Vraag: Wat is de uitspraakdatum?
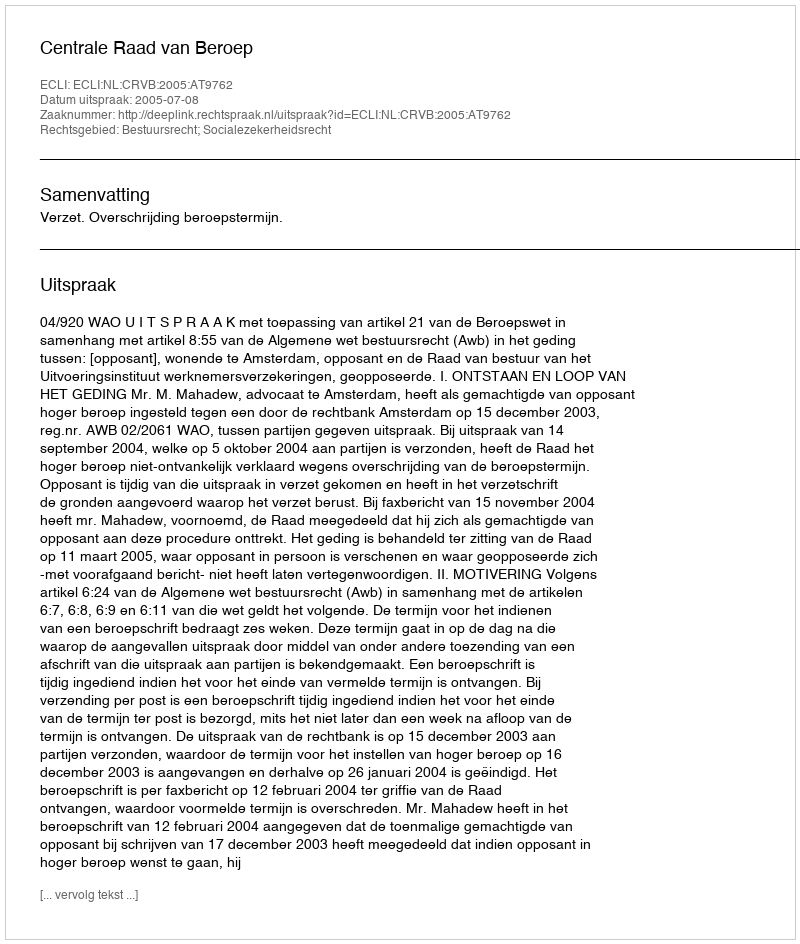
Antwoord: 2005-07-08